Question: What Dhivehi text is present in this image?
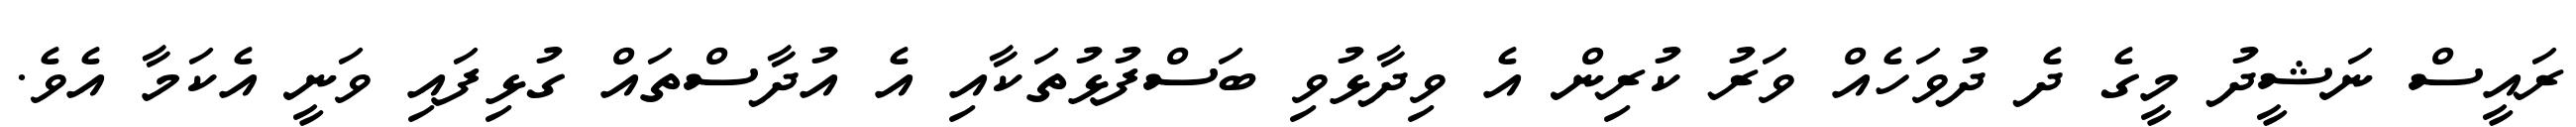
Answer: ރައީސް ނަޝީދު މީގެ ދެ ދުވަހެއް ވަރު ކުރިން އެ ވިދާޅުވި ބަސްފުޅުތަކާއި އެ އުދާސްތައް ގުޅިފައި ވަނީ އެކަމާ އެވެ.